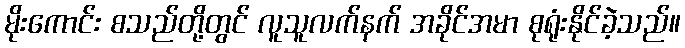
မိုးကောင်း စသည်တို့တွင် လူသူလက်နက် အခိုင်အမာ စုရုံးနိုင်ခဲ့သည်။